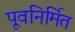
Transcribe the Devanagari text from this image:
पूवनिर्मित